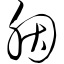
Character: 胭